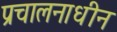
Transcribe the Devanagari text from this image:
प्रचालनाधीन